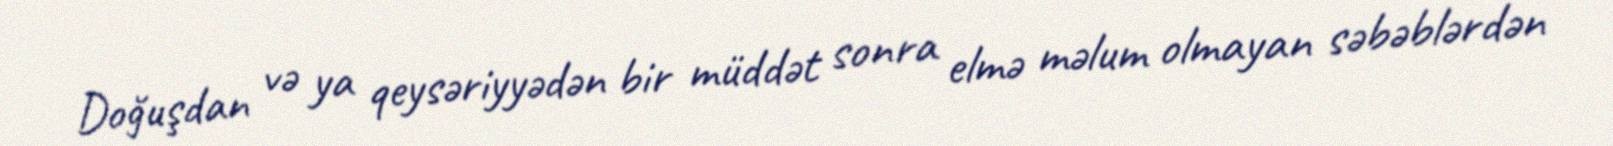
Doğuşdan və ya qeysəriyyədən bir müddət sonra elmə məlum olmayan səbəblərdən